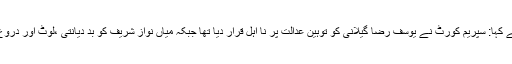
پاکستان عوامی تحریک کے سربراہ نے کہا: سپریم کورٹ نے یوسف رضا گیلانی کو توہین عدالت پر نا اہل قرار دیا تھا جبکہ میاں نواز شریف کو بد دیانتی ،لوٹ اور دروغ گوئی کی بنیاد پر نا اہل قرار دیا ہے۔